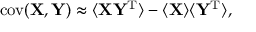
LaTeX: \operatorname { c o v } ( \mathbf { X } , \mathbf { Y } ) \approx \langle \mathbf { X Y ^ { \mathrm { { T } } } } \rangle - \langle \mathbf { X } \rangle \langle \mathbf { Y } ^ { \mathrm { { T } } } \rangle ,